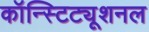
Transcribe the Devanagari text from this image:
कॉन्स्टिट्यूशनल